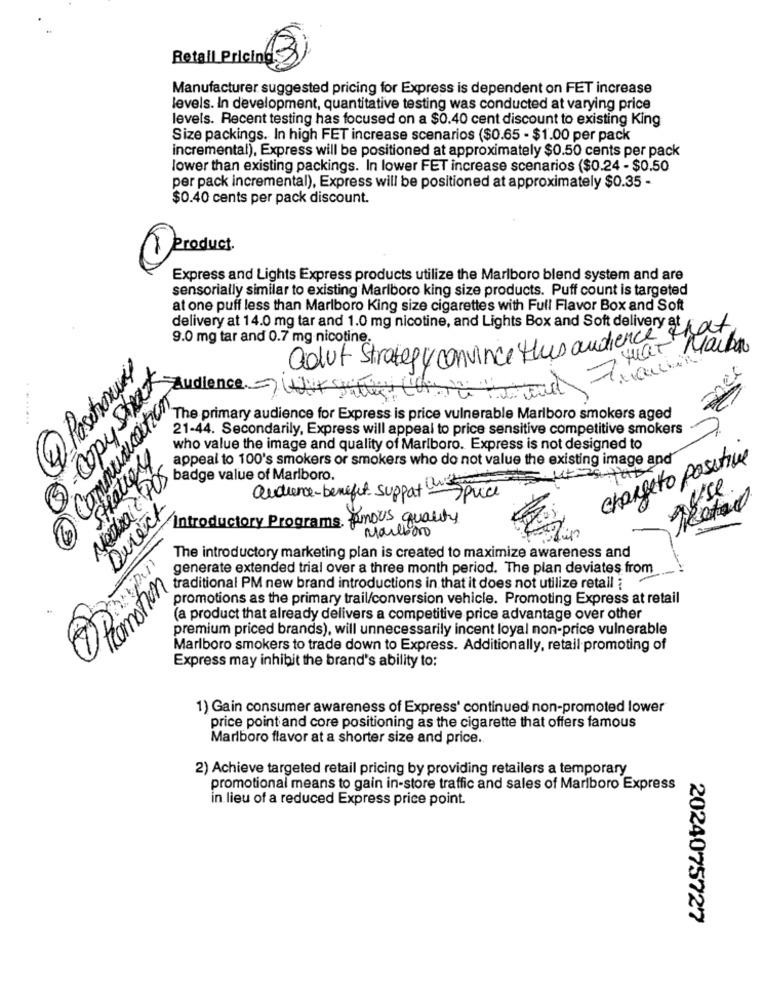
Retall Pricing
Manufacturer suggested pricing for Express is dependent on FET increase
levels. In development, quantitative testing was conducted at varying price
levels. Recent testing has focused on a $0.40 cent discount to existing King
Size packings. In high FET increase scenarios ($0.65 - $1.00 per pack
incremental), Express will be positioned at approximately $0.50 cents per pack
lower than existing packings. In lower FET increase scenarios ($0.24 - $0.50
per pack incremental), Express will be positioned at approximately $0.35 -
$0.40 cents per pack discount.
Product.
Express and Lights Express products utilize the Marlboro blend system and are
sensorially similar to existing Marlboro king size products. Puff count is targeted
at one puff less than Marlboro King size cigarettes with Full Flavor Box and Soft
delivery at 14.0 mg tar and 1.0 mg nicotine, and Lights Box and Soft delivery atat
9.0 mg tar and 0.7 mg nicotine.
adut Strategy convince thus audience
7 Hat Maiban
@Pasetrom.
nes
Communication
Audience. Ca
The primary audience for Express is price vulnerable Marlboro smokers aged
21-44. Secondarily, Express will appeal to price sensitive competitive smokers
who value the image and quality of Marlboro. Express is not designed to
appeal to 100's smokers or smokers who do not value the existing image and
changeto positive
badge value of Mariboro.
Sprice
Dereck
audience-benefit support
Kronorts
Introductory Programs Amous quality
Marlboro
SOLOMON
The introductory marketing plan is created to maximize awareness and
generate extended trial over a three month period. The plan deviates from
traditional PM new brand introductions in that it does not utilize retail ;
promotions as the primary trail/conversion vehicle. Promoting Express at retail
(a product that already delivers a competitive price advantage over other
premium priced brands), will unnecessarily incent loyal non-price vulnerable
Marlboro smokers to trade down to Express. Additionally, retail promoting of
Express may inhibit the brand's ability to:
1) Gain consumer awareness of Express' continued non-promoted lower
price point and core positioning as the cigarette that offers famous
Marlboro flavor at a shorter size and price.
2) Achieve targeted retail pricing by providing retailers a temporary
promotional means to gain in-store traffic and sales of Marlboro Express
in lieu of a reduced Express price point.
2024075727